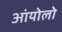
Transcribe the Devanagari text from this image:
आंयोलो